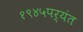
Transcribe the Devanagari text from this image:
१९४५पर्यंत